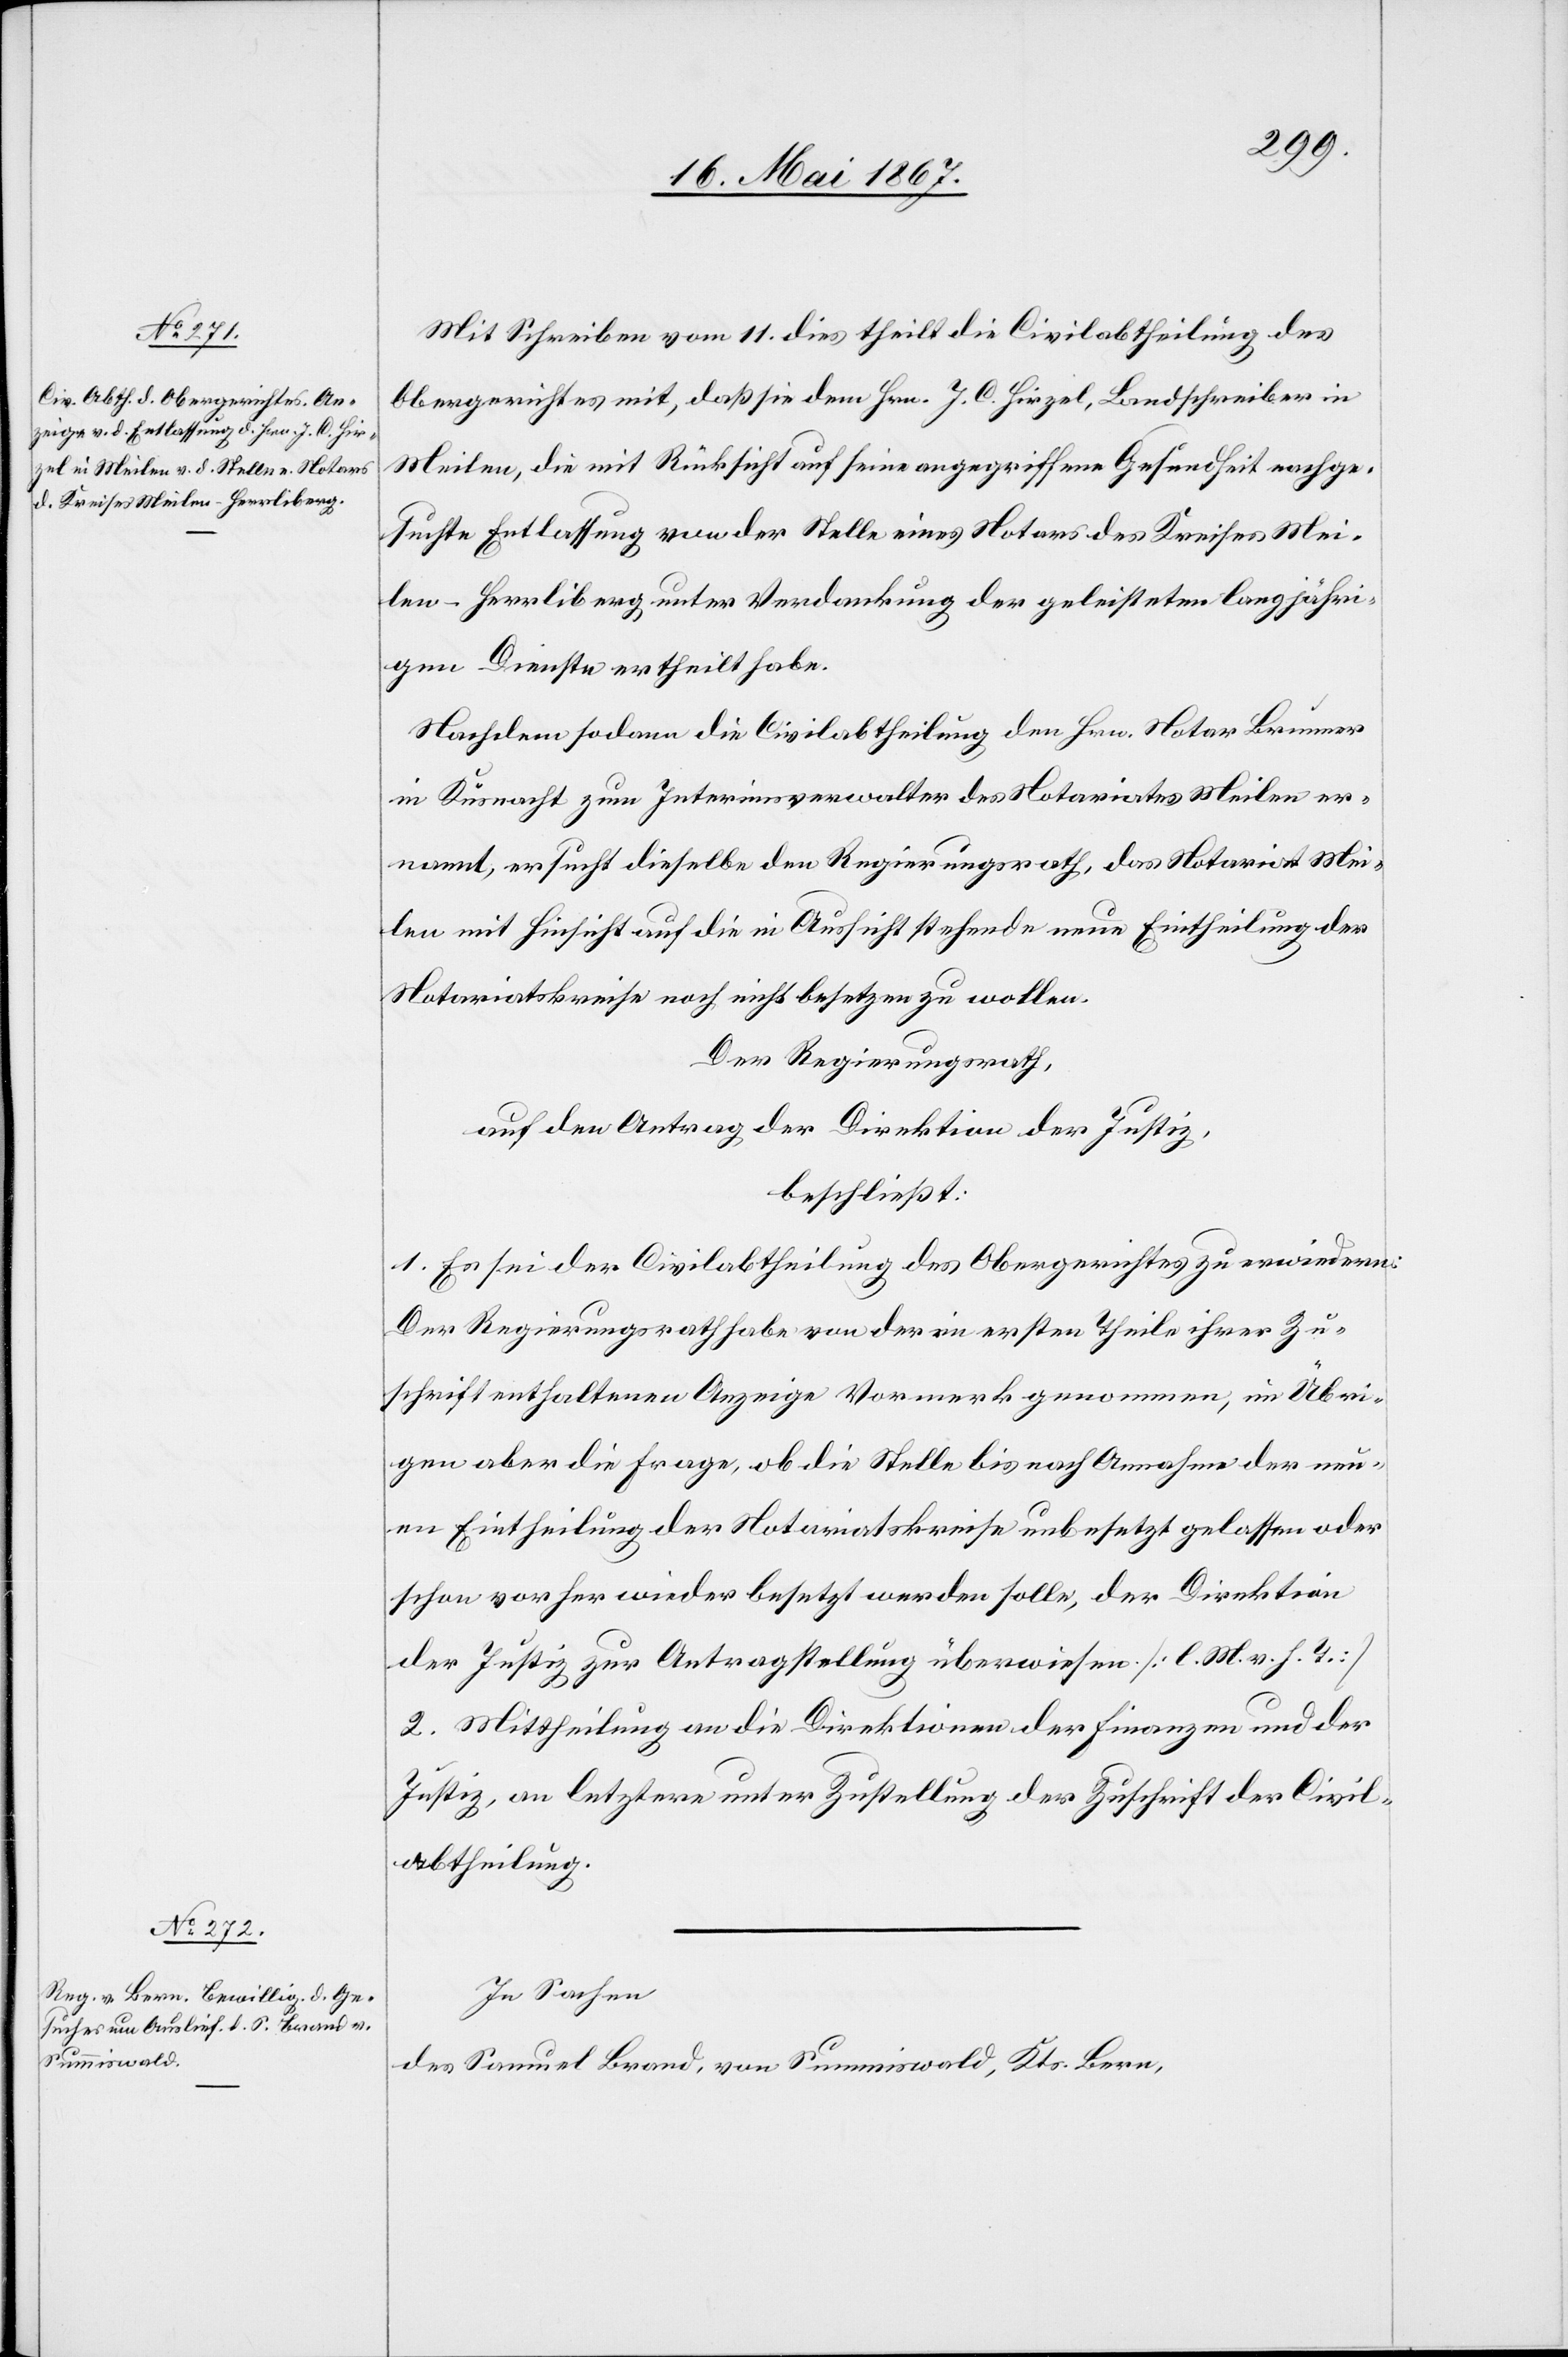
Mit Schreiben vom 11. dies theilt die Civilabtheilung des
Obergerichtes mit, daß sie dem Hrn. J. C. Hirzel, Landschreiber in
Meilen, die mit Rücksicht auf seine angegriffene Gesundheit nachge¬
suchte Entlassung von der Stelle eines Notars des Kreises Mei¬
len-Herrliberg unter Verdankung der geleisteten langjähri¬
gen Dienste ertheilt habe.
Nachdem sodann die Civilabtheilung den Hrn. Notar Brunner
in Küsnacht zum Interimsverwalter des Notariates Meilen er¬
nannt, ersucht dieselbe den Regierungsrath, das Notariat Mei¬
len mit Hinsicht auf die in Aussicht stehende neue Eintheilung der
Notariatskreise noch nicht besetzen zu wollen.
Der Regierungsrath,
auf den Antrag der Direktion der Justiz,
beschließt:
1. Es sei der Civilabtheilung des Obergerichtes zu erwiedern:
Der Regierungsrath habe von der im ersten Theile ihrer Zu¬
schrift enthaltenen Anzeige Vormerk genommen, im Übri¬
gen aber die Frage, ob die Stelle bis nach Annahme der neu¬
en Eintheilung der Notariatskreise unbesetzt gelassen oder
schon vorher wieder besetzt werden solle, der Direktion
der Justiz zur Antragstellung überwiesen [l. M. v. h. T.]
2. Mittheilung an die Direktionen der Finanzen und der
Justiz, an letztere unter Zustellung der Zuschrift der Civil¬
abtheilung.
In Sachen
des Samuel Brand, von Summiswald, Kts. Bern,